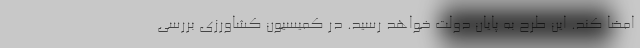
امضا کند. این طرح به پایان دولت خواهد رسید. در کمیسیون کشاورزی بررسی